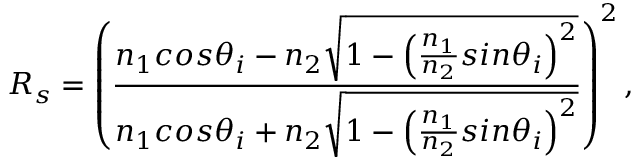
R _ { s } = \left( \frac { n _ { 1 } c o s \theta _ { i } - n _ { 2 } \sqrt { 1 - \left( \frac { n _ { 1 } } { n _ { 2 } } s i n \theta _ { i } \right) ^ { 2 } } } { n _ { 1 } c o s \theta _ { i } + n _ { 2 } \sqrt { 1 - \left( \frac { n _ { 1 } } { n _ { 2 } } s i n \theta _ { i } \right) ^ { 2 } } } \right) ^ { 2 } ,